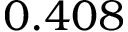
0 . 4 0 8